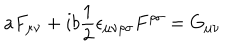
a F _ { \mu \nu } + i b \frac { 1 } { 2 } \epsilon _ { \mu \nu \rho \sigma } F ^ { \rho \sigma } = G _ { \mu \nu }